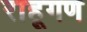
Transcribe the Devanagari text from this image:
राहूगण